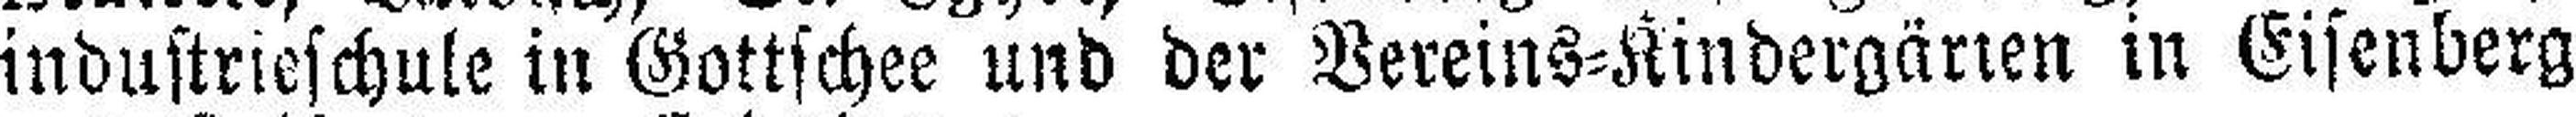
industrieschule in Gottschee und der Vereins=Kindergärten in Eisenberg